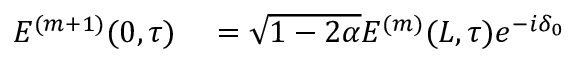
\begin{array} { r l } { E ^ { ( m + 1 ) } ( 0 , \tau ) } & { { } = \sqrt { 1 - 2 \alpha } E ^ { ( m ) } ( L , \tau ) e ^ { - i \delta _ { 0 } } } \end{array}